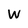
Character: W